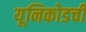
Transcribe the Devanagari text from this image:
यूनिकोडची